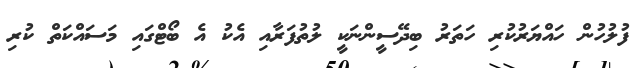
ފުލުހުން ހައްޔަރުކުރި ހަތަރު ބިދޭސީންނަކީ ލުތުފަރާއި އެކު އެ ބޯޓްގައި މަސައްކަތް ކުރި